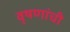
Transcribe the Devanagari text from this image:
वृषणांची